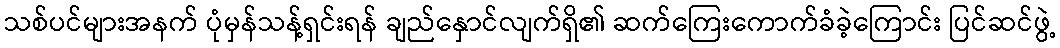
သစ်ပင်များအနက် ပုံမှန်သန့်ရှင်းရန် ချည်နှောင်လျက်ရှိ၏ ဆက်ကြေးကောက်ခံခဲ့ကြောင်း ပြင်ဆင်ဖွဲ့